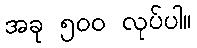
အခု ၅၀၀ လုပ်ပါ။